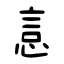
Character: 悥